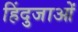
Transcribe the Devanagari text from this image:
हिंदुजाओं